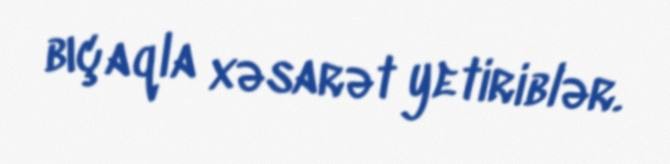
bıçaqla xəsarət yetiriblər.